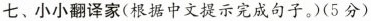
七、小小翻译家(根据中文提示完成句子。(5分)